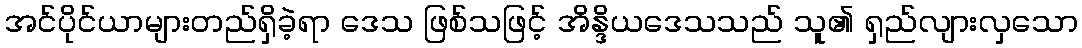
အင်ပိုင်ယာများတည်ရှိခဲ့ရာ ဒေသ ဖြစ်သဖြင့် အိန္ဒိယဒေသသည် သူ၏ ရှည်လျားလှသော